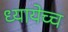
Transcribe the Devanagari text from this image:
ध्यायेच्च